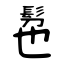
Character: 髢